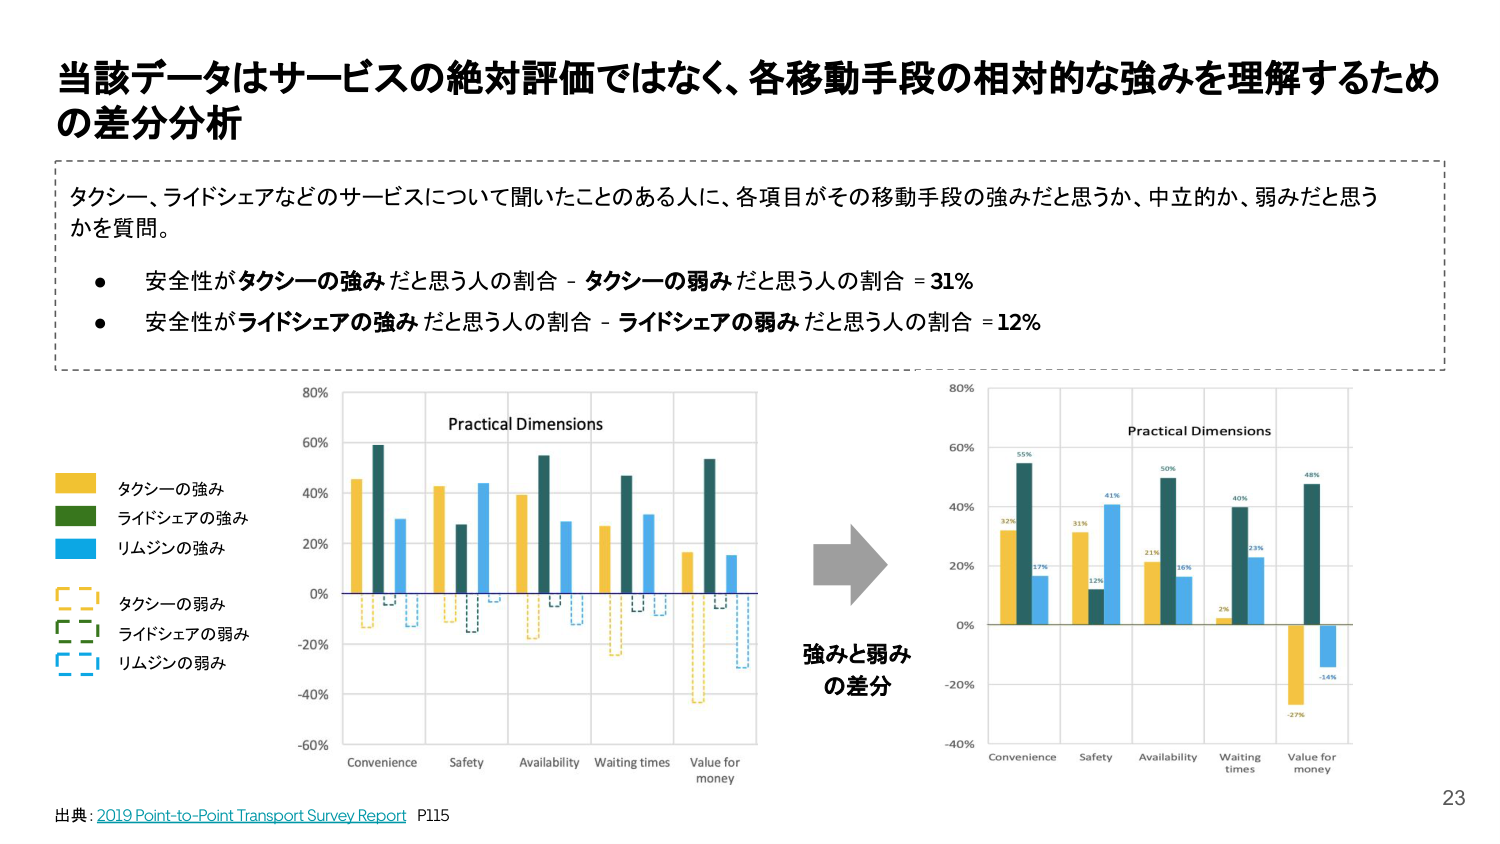
当該データはサービスの絶対評価ではなく、各移動手段の相対的な強みを理解するための差分分析

タクシー、ライドシェアなどのサービスについて聞いたことのある人に、各項目がその移動手段の強みだと思うか、中立的か、弱みだと思うかを質問。

・安全性がタクシーの強みだと思う人の割合 - タクシーの弱みだと思う人の割合 = 31%
・安全性がライドシェアの強みだと思う人の割合 - ライドシェアの弱みだと思う人の割合 = 12%

タクシーの強み
ライドシェアの強み
リムジンの強み
タクシーの弱み
ライドシェアの弱み
リムジンの弱み

Practical Dimensions
Convenience
Safety
Availability
Waiting times
Value for money

強みと弱みの差分

Practical Dimensions
Convenience
Safety
Availability
Waiting times
Value for money

32%
55%
17%
31%
41%
12%
21%
50%
16%
2%
40%
23%
-27%
48%
-14%

出典：2019 Point-to-Point Transport Survey Report P115

23